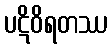
ပဋိဝိရတဿ